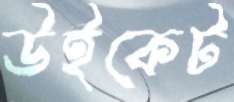
উইকেট